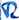
Text: R